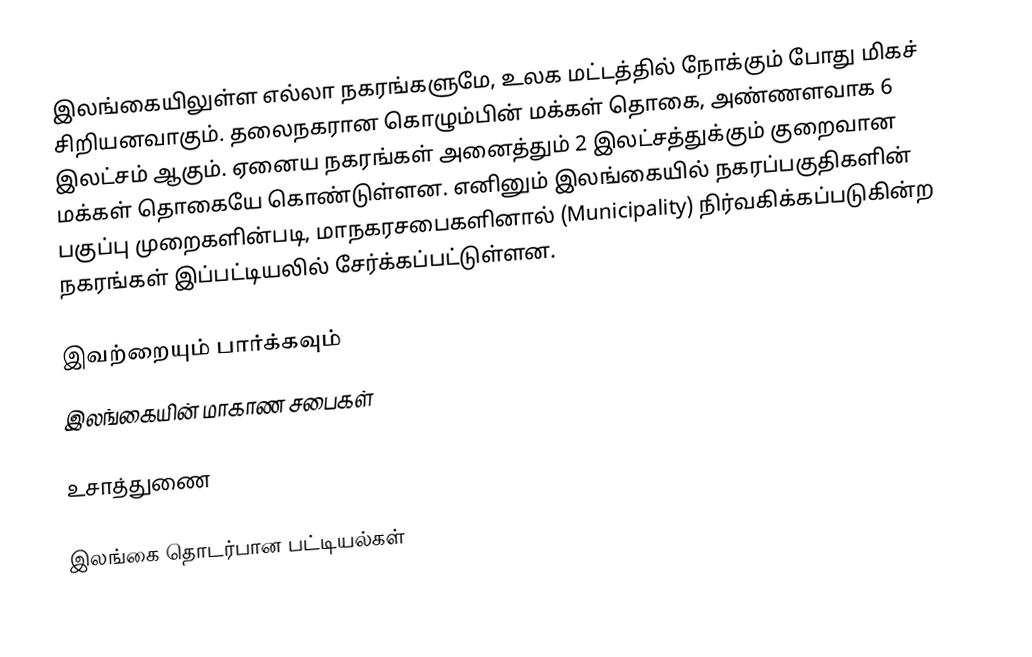
இலங்கையிலுள்ள எல்லா நகரங்களுமே, உலக மட்டத்தில் நோக்கும் போது மிகச் சிறியனவாகும். தலைநகரான கொழும்பின் மக்கள் தொகை, அண்ணளவாக 6 இலட்சம் ஆகும். ஏனைய நகரங்கள் அனைத்தும் 2 இலட்சத்துக்கும் குறைவான மக்கள் தொகையே கொண்டுள்ளன. எனினும் இலங்கையில் நகரப்பகுதிகளின் பகுப்பு முறைகளின்படி, மாநகரசபைகளினால் (Municipality) நிர்வகிக்கப்படுகின்ற நகரங்கள் இப்பட்டியலில் சேர்க்கப்பட்டுள்ளன.

இவற்றையும் பார்க்கவும்
 இலங்கையின் மாகாண சபைகள்

உசாத்துணை

இலங்கை தொடர்பான பட்டியல்கள்